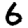
Digit: 6